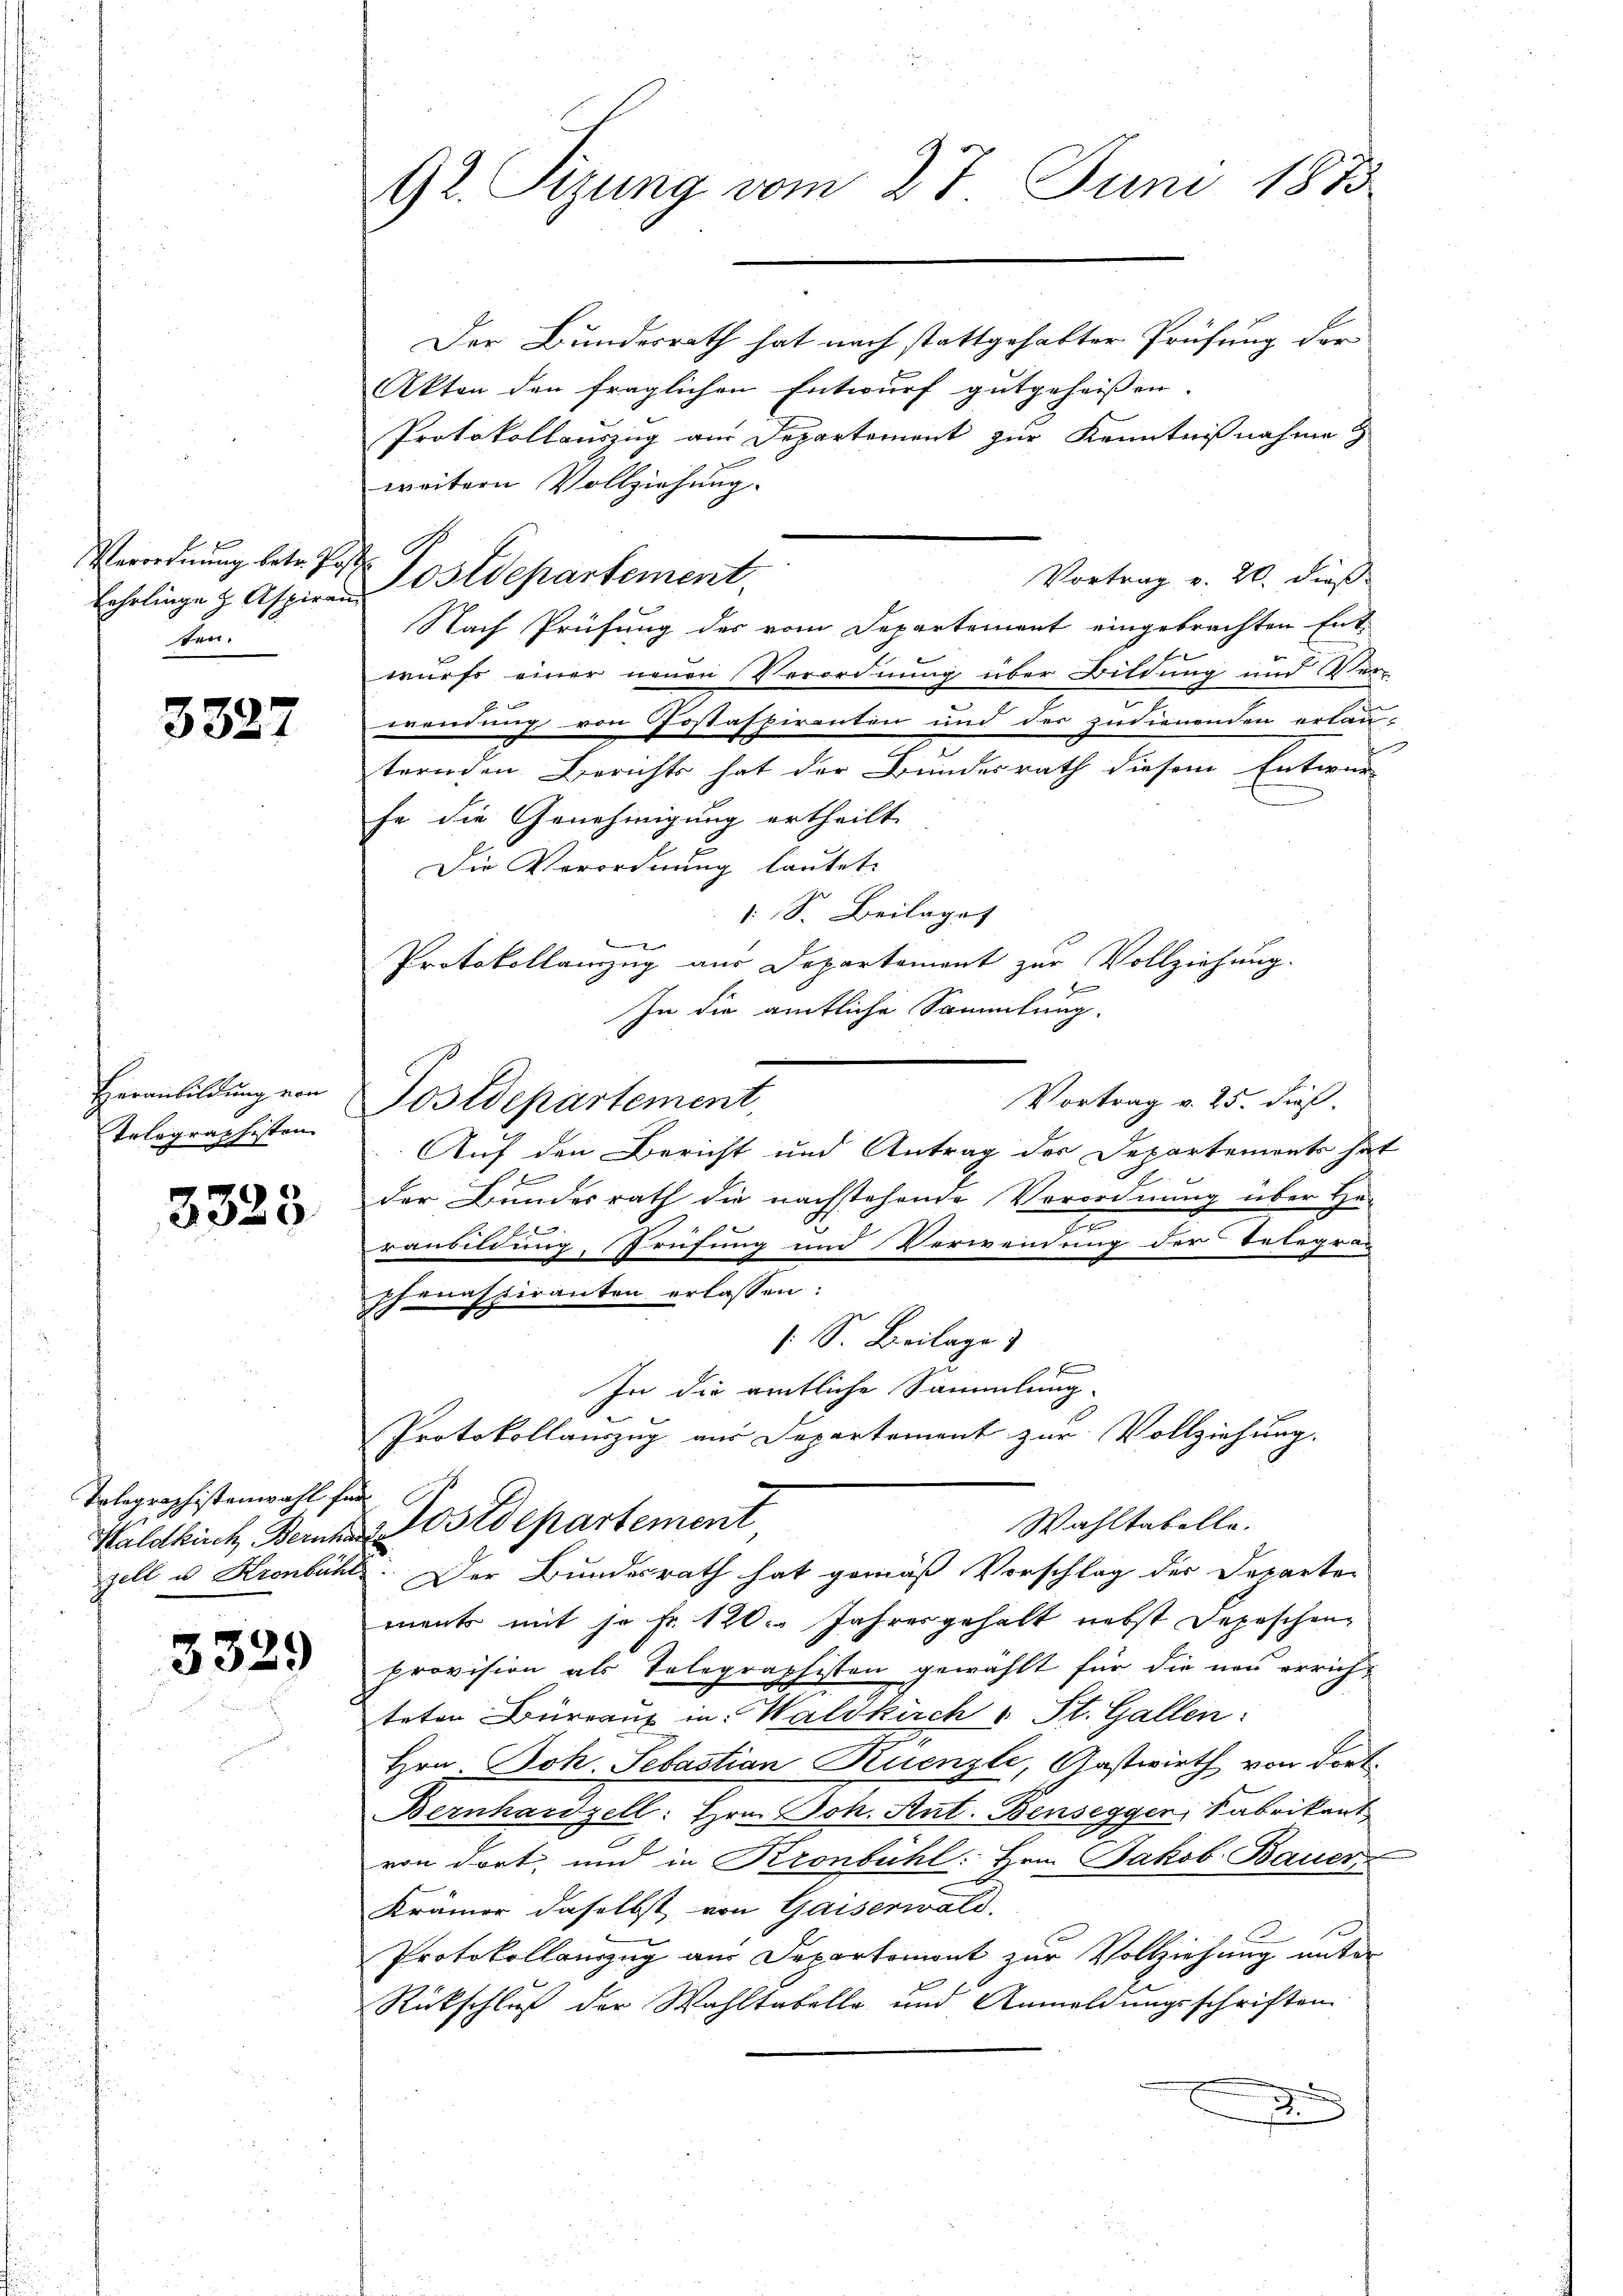
Verordnung betr. Post.
see.

3327

Heranbildung von
Tolographisten

3325.

Tolegraphistenwahl für

3329

92. Sizung vom 27. Juni 1873.

Der Bundesrath hat nach stattgehabter Prüfung der
Akten den fraglichen Entwurf gutgeheißen.
Protokollauszug am Departement zur Kenntnißnahme
weitern Vollziehung.
4
Vortrag v. 20. dieß
Nach Prüfung des vom Departement eingebrachten Ent-
wurfe einer neuen Verordnung über Bildung und Ver-
wendung von Postaspiranten und der zudienenden erlau-
ternden Berichts hat der Bundesrath diesem Entwur
fe die Genehmigung ertheilt.
Die Verordnung lautet.
1 S. Beilage
2
Protokollanzug aus Departement zur Vollziehung.
In die amtliche Sammlung.
Vortrag v. 25. dieß.
Postdepartement,
Auf den Bericht und Antrag der Departements hat
0 x
der Bundesrath die nachstehende Verordnung über He
I
7 f 2
ranbildung, Prüfung und Verwendung der Telegrashenaspiranten erlassen:
 S. Beilage
In die amtliche Sammlung.
Protokollauszug aus Departement zur Vollziehung.
Wahltabelle.
Waldkich Bernhard Ostdepartement
zell u Kronbühl. Der Bundesrath hat gemäß Vorschlag der Departen
ments mit je Fr. 120. Jahresgehalt nebst Depeschen
provision als Telegraphisten gewählt für die neu errich-
teten Burranz in Waldkirch 5 St. Gallen:
Hrn. Joh. Sebastian Ruenzli, Gastwirth von dort.
Bernhardzell: Hrn. Joh. Ant. Bensegger, Fabrikant
von dort und in Kronbühl. Hrn. Jakob Bauer
Krämer daselbst von Gaiserwalt
Protokollanzug aus Departemont zur Vollziehung unter
Rückschluß der Wahltabelle und Anmeldungsschriften
.

G
Lehrlinge z. Aspiren Ostdepartement.